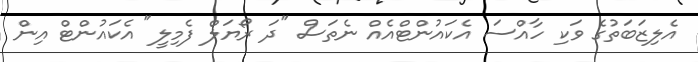
އެލިޒަބަތުގެ ވަކި ހާއްސަ އެކައުންޓްއެއް ނެތަސް "ދަ ރޯޔަލް ފެމިލީ" އެކައުންޓް އިން